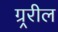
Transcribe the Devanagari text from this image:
ग्र्ररील